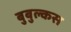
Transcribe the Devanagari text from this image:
बुबुल्कस